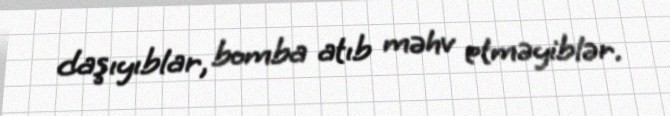
daşıyıblar, bomba atıb məhv etməyiblər.